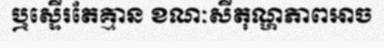
ឬស្ទើរតែគ្មាន ខណៈសីតុណ្ហភាពអាច